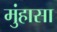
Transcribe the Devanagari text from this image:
मुंहासा